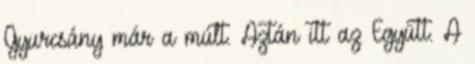
Gyurcsány már a múlt. Aztán itt az Együtt. A